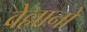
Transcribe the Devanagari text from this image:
वेल्लानो